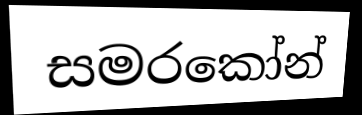
සමරකෝන්